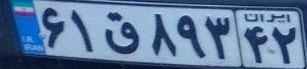
۶۱ق۸۹۳۴۲